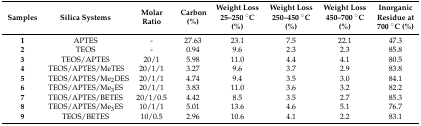
| Samples | Silica Systems | Molar Ratio | Carbon (%) | Weight Loss 25–250 °C (%) | Weight Loss 250–450 °C (%) | Weight Loss 450–700 °C (%) | Inorganic Residue at 700 °C (%) |
 | --- | --- | --- | --- | --- | --- | --- | --- |
 | 1 | APTES | - | 27.63 | 23.1 | 7.5 | 22.1 | 47.3 |
 | 2 | TEOS | - | 0.94 | 9.6 | 2.3 | 2.3 | 85.8 |
 | 3 | TEOS/APTES | 20/1 | 5.98 | 11.0 | 4.4 | 4.1 | 80.5 |
 | 4 | TEOS/APTES/MeTES | 20/1/1 | 3.27 | 9.6 | 3.7 | 2.9 | 83.8 |
 | 5 | TEOS/APTES/Me2DES | 20/1/1 | 4.74 | 9.4 | 3.5 | 3.0 | 84.1 |
 | 6 | TEOS/APTES/Me3ES | 20/1/1 | 3.83 | 11.0 | 3.6 | 3.2 | 82.2 |
 | 7 | TEOS/APTES/BETES | 20/1/0.5 | 4.42 | 8.5 | 3.5 | 2.7 | 85.3 |
 | 8 | TEOS/APTES/Me3ES | 10/1/1 | 5.01 | 13.6 | 4.6 | 5.1 | 76.7 |
 | 9 | TEOS/BETES | 10/0.5 | 2.96 | 10.6 | 4.1 | 2.2 | 83.1 |